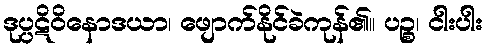
ဒုပ္ပဋိဝိနောဒယာ၊ ဖျောက်နိုင်ခဲကုန်၏။ ပဉ္စ၊ ငါးပါး